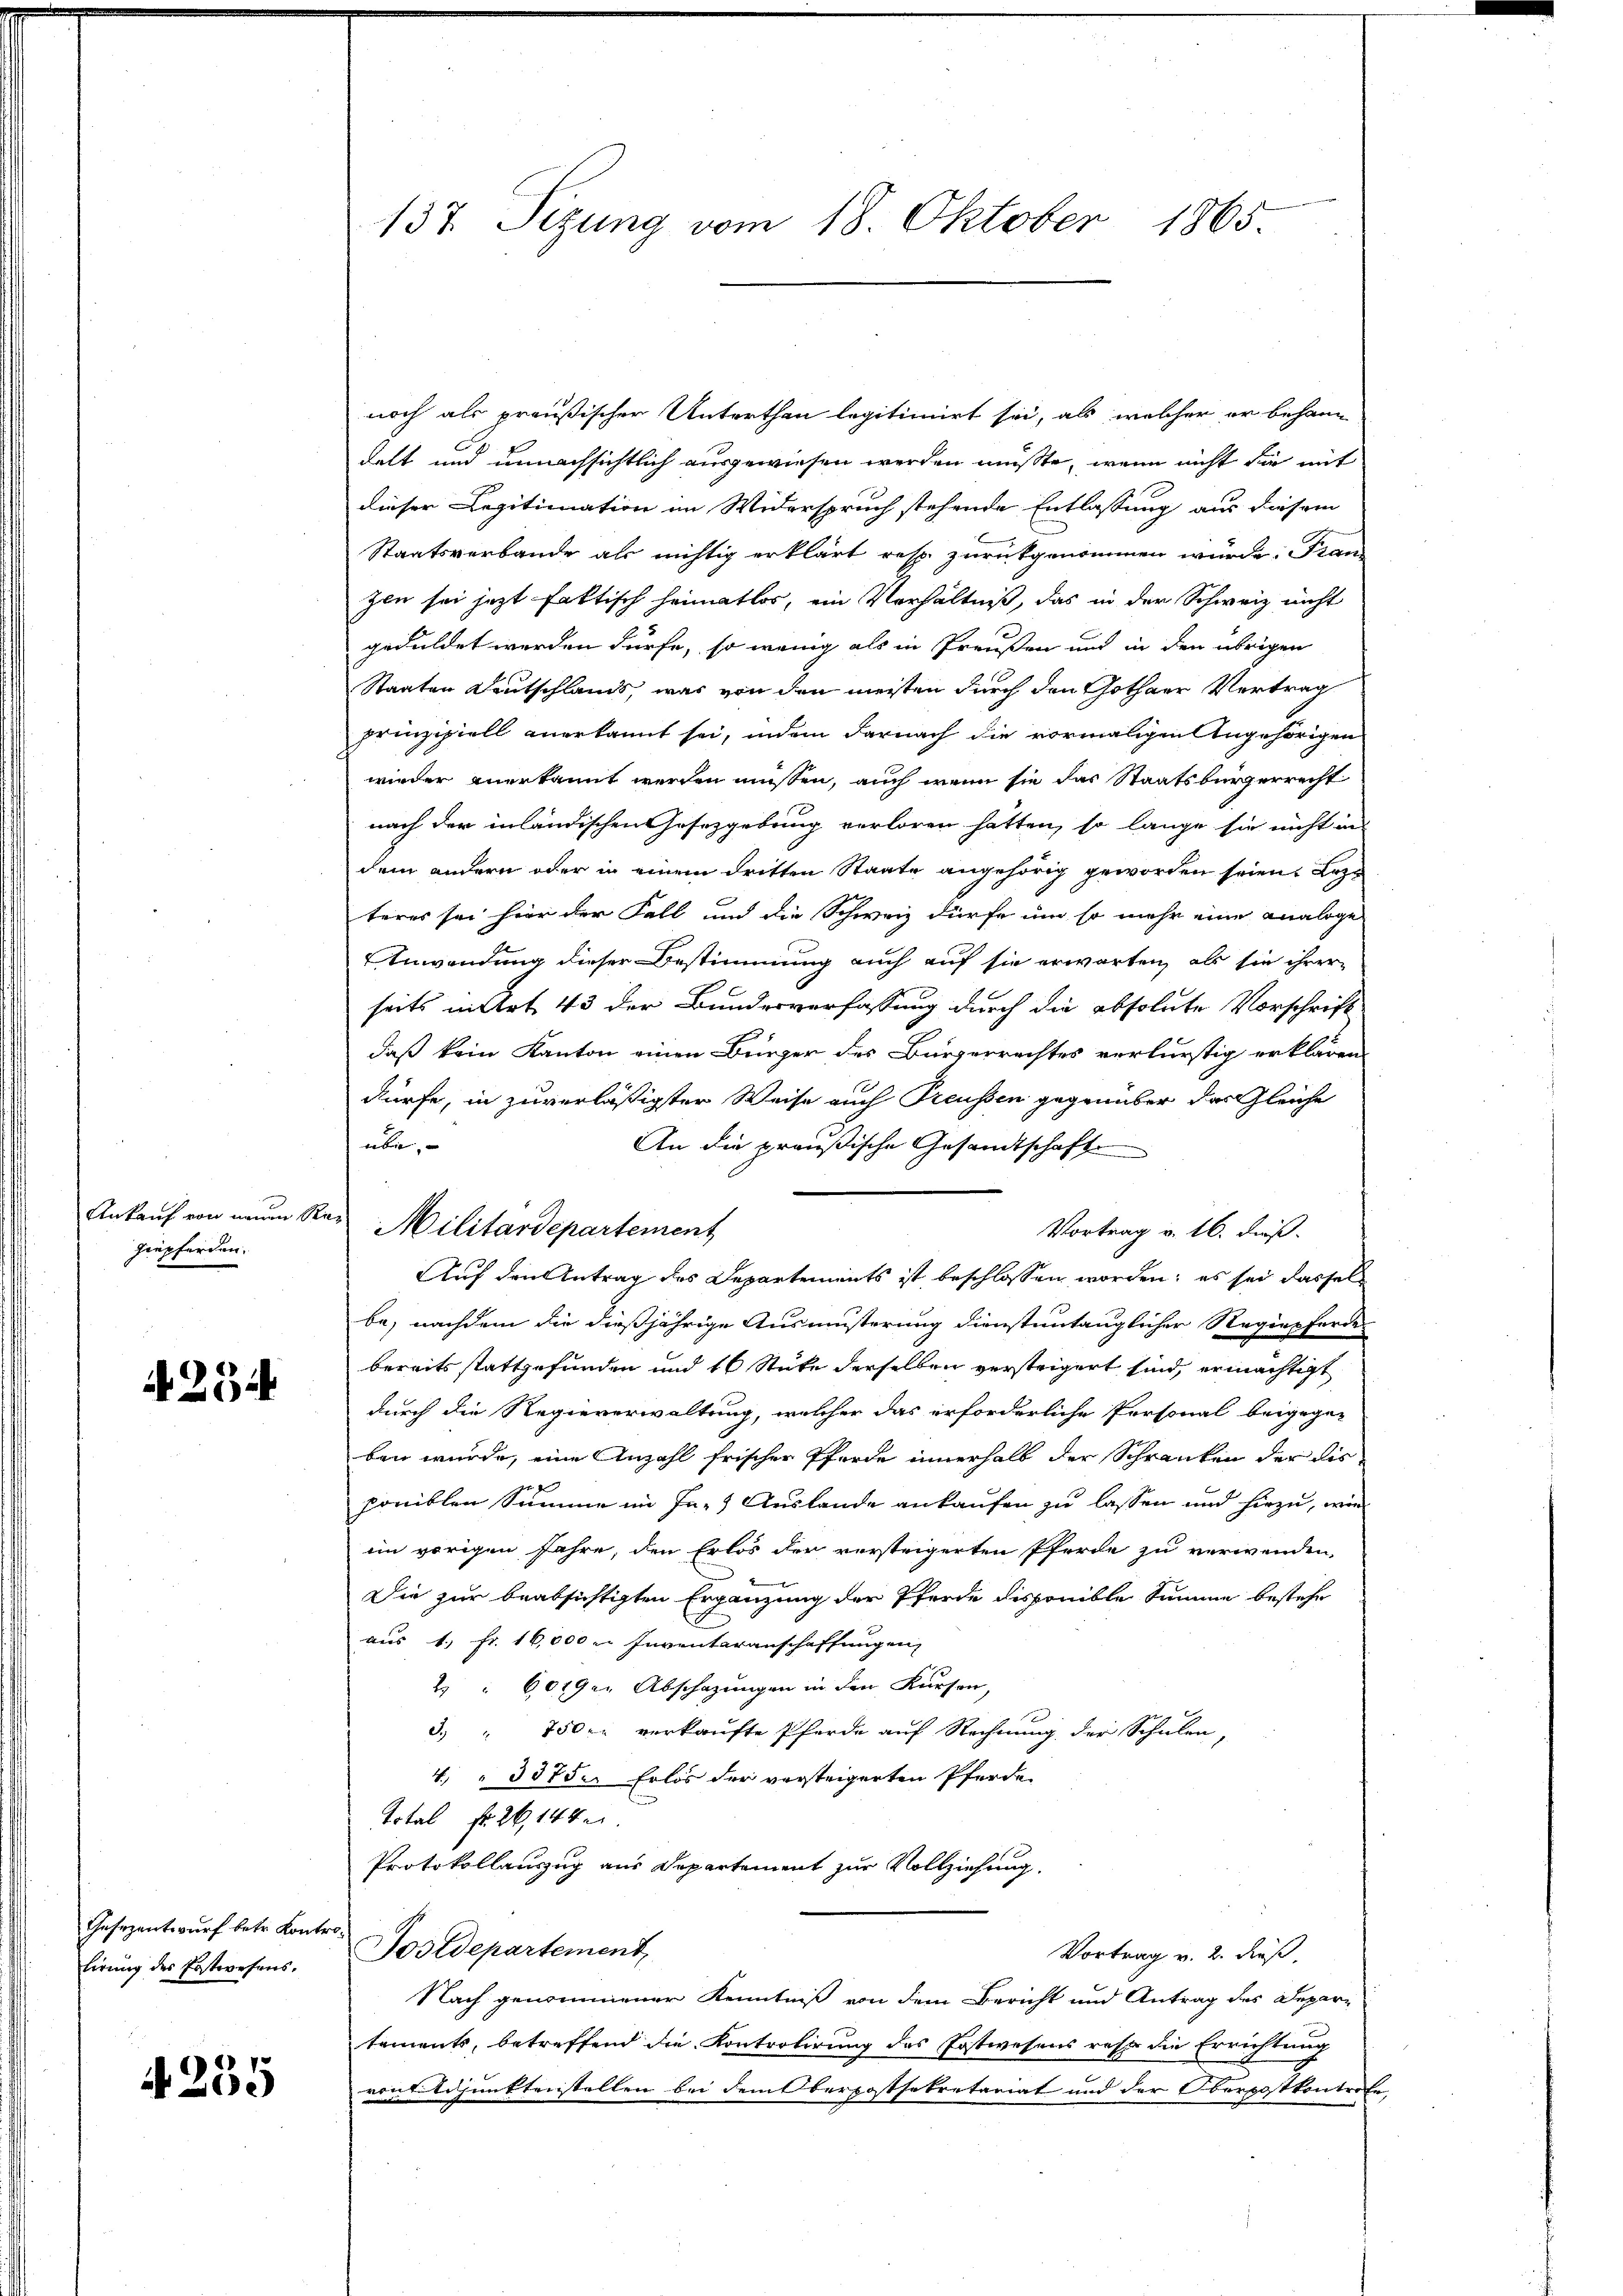
Ankauf von neuen
hiepferden.

A 254

Gesezentwurf betr. Kontr
lirung des Erstwesens.

4255

137. Sezung vom 18. Oktober 1865

tus
Militärdepartement

noch als preußischer Unterthan legitimirt sei, als welcher er behandelt und unnachsichtlich ausgewiesen werden müßte, wenn nicht die mit
dieser Legitimation im Widerspruch stehende Entlassung aus diesem
Staatsverbande als nichtig erklärt resp. zurückgenommen würde. Fran
zen sei jetzt faktisch heimatlos, ein Verhältniß, das in der Schweiz nicht
geduldet werden dürfe, so wenig als in Preußen und in den übrigen
Staaten Deutschlands, was von den meisten durch den Gothaer Vertrag
prinzipiell anerkannt sei, indem darnach die vormaligen Angehörigen
wieder anerkannt werden müssen, auch wenn sie das Staatsbürgerrecht
nach der inländischen Gesetzgebung verloren hatten, so lange sie nicht in
dem andern oder in einem dritten Staate angehörig geworden seien. Bezu
teres sei hier der Fall und die Schweiz dürfe um so mehr eine analoge
Anwendung dieser Bestimmung auch auf sie erwarten, als sie ihrer
seits mittet 43 der Bundesverfassung durch die absolute Vorschrift
daß kein Kanton einen Bürger des Bürgerrechtes verlurstig erklären
dürfe, in zuverläßigster Weise auch Treussen gegenüber das Gleiche
übe,
An die preußische Gesandtschaft
Vortrag v. 16. dieß.
be, nachdem die dießjährige Ausmüsterung dienstuntauglicher Regiepferde
bereits stattgefunden und 10 Stüke derselben versteigert sind, ermächtigt
durch die Regieverwaltung, welcher das erforderliche Personal beigegeben wurde, eine Anzahl frischen Pferde innerhalb der Schranken der die
poniblen Summe im Ja-) Auslande ankaufen zu lassen und hiezu, wie
em vorigen Jahre, den Erlös der versteigerten Pferde zu verwenden,
Die zur beabsichtigten Ergänzung der Pferde disponible Summe bestehe
aus 1 Fr. 16,000 m Inventaranschaffungen
2 " 6019. Abschazungen in den Kursen,
5
3.) " 750 r. verkaufte Pferde auf Rechnung der Schulen,
4. " 3375. Erlös der versteigerten Pferde.
Total fr. 26, 144
Protokollauszug aus Departement zur Vollziehung.
.
Postdepartement,
Vortrag v. 2. dieß,
Nach genommener Kenntniß von dem Bericht und Antrag des Depar-
tements, betreffend die Kontrolirung des Postwesens reser die Errichtung
vontjunktenstellen bei dem Oberpostsekretariat und der Oberpostkontrafe

Auf den Antrag des Departements ist beschlossen worden; es sei dassel